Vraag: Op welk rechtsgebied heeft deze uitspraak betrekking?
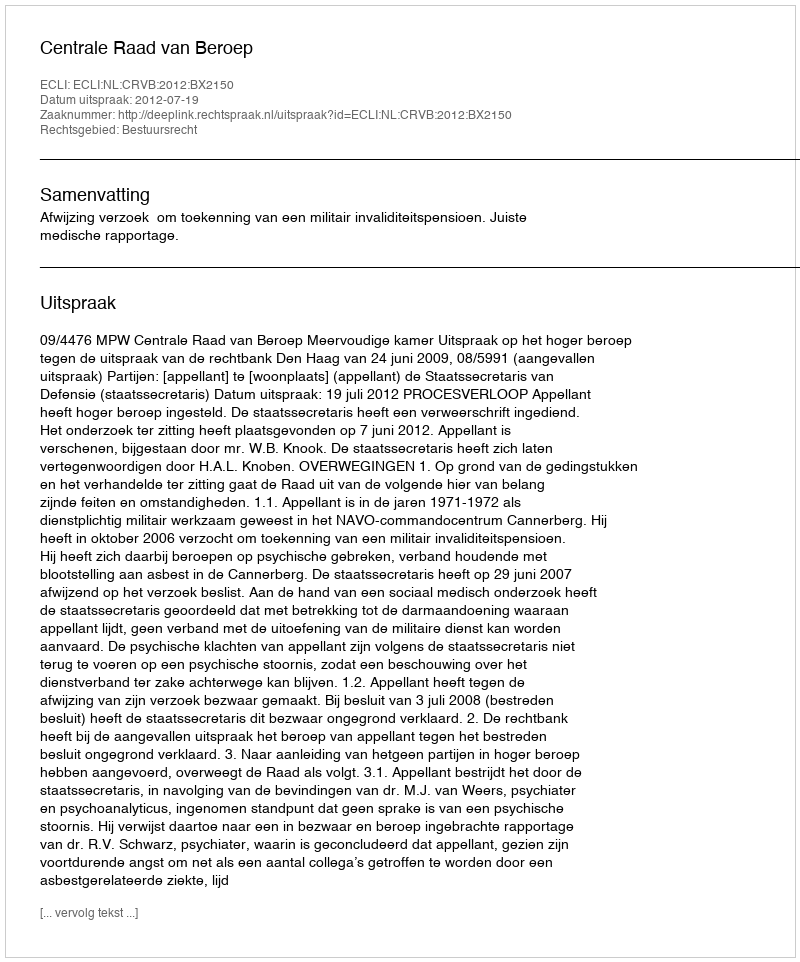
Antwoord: Bestuursrecht